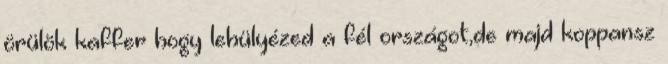
örülök kaffer hogy lehülyézed a fél országot,de majd koppansz